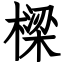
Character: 樑